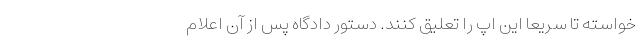
خواسته تا سریعاً این اپ را تعلیق کنند. دستور دادگاه پس از آن اعلام